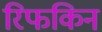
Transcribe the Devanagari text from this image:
रिफकिन